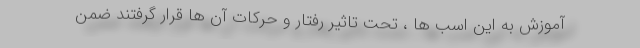
آموزش به این اسب ها ، تحت تاثیر رفتار و حرکات آن ها قرار گرفتند ضمن